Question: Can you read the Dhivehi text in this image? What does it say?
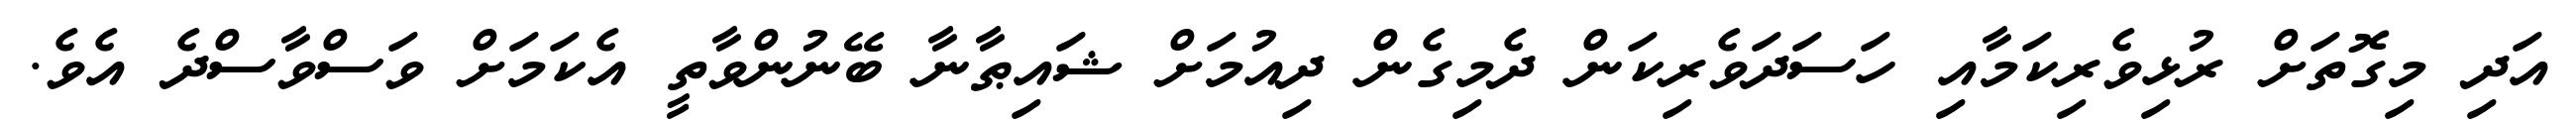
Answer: އަދި މިގޮތަށް ރުޅިވެރިކަމާއި ހަސަދަވެރިކަން ދެމިގެން ދިއުމަށް ޝައިޠާނާ ބޭނުންވާތީ އެކަމަށް ވަސްވާސްދެ އެވެ.